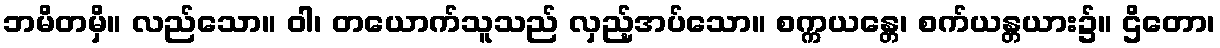
ဘမိတမှိ။ လည်သော။ ဝါ၊ တယောက်သူသည် လှည့်အပ်သော။ စက္ကယန္တေ၊ စက်ယန္တယား၌။ ဌိတော၊